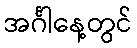
အင်္ဂါနေ့တွင်